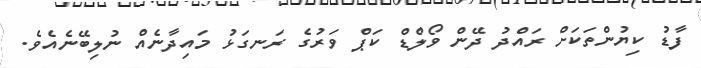
ފާޑު ކިޔުންތަކަށް ރައްދު ދޭން ވޯލްޑް ކަޕް ވަރުގެ ރަނގަޅު މައިދާނެއް ނުލިބޭނެއެވެ.